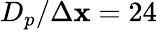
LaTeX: D_{p}/\Delta\mathbf{x}=24